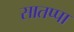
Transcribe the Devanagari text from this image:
सातप्पा